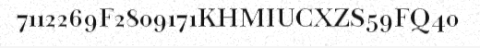
7112269F2809171KHMIUCXZS59FQ40